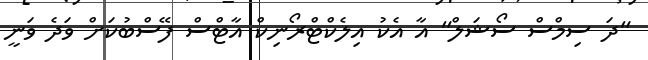
"ދަ ސިމްސް ސޯޝަލް" އާ އެކު އިލެކްޓްރޯނިކް އާޓްސް ފޭސްބުކަށް ވަދެ ވަނީ